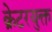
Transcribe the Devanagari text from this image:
क्रेटरयुक्त